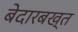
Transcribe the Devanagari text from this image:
बेदारबख्त